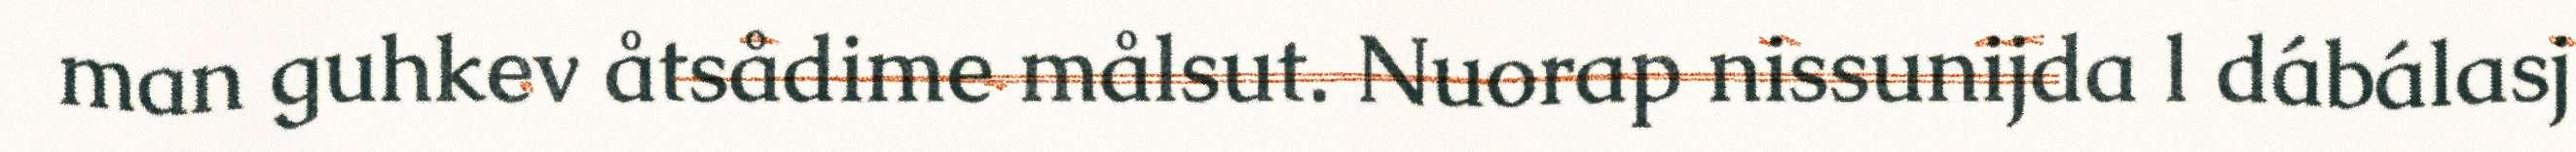
man guhkev åtsådime målsut. Nuorap nissunijda l dábálasj